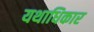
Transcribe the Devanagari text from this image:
यथाधिकार